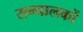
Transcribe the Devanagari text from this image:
सन्चालकों